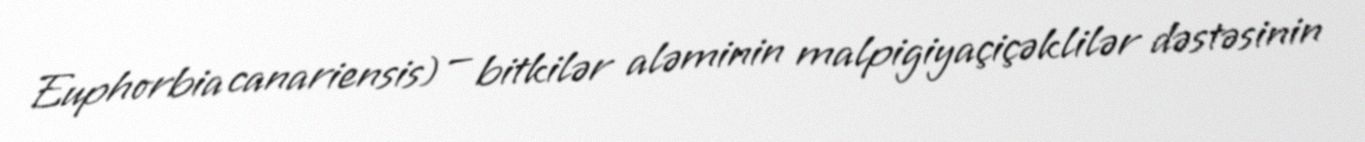
Euphorbia canariensis) — bitkilər aləminin malpigiyaçiçəklilər dəstəsinin